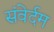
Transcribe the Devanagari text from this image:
संवेर्दम